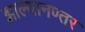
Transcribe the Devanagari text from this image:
झाल्यानण्तर